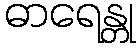
ဓာရေန္တု